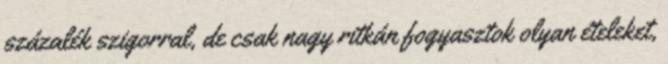
százalék szigorral, de csak nagy ritkán fogyasztok olyan ételeket,